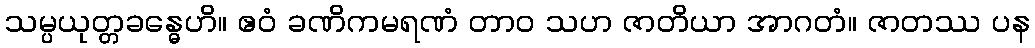
သမ္ပယုတ္တခန္ဓေဟိ။ ဧဝံ ခဏိကမရဏံ တာဝ သဟ ဇာတိယာ အာဂတံ။ ဇာတဿ ပန